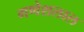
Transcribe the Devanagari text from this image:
गणेशलाल